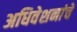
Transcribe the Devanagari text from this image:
अधिवेशनांचे